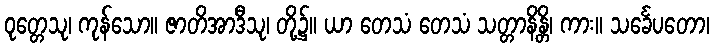
ဝုတ္တေသု၊ ကုန်သော။ ဇာတိအာဒီသု၊ တို့၌။ ယာ တေသံ တေသံ သတ္တာနိန္တိ၊ ကား။ သင်္ခေပတော၊